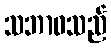
သဘာဝသည်